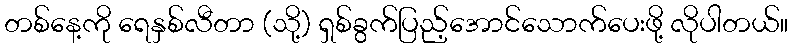
တစ်နေ့ကို ရေနှစ်လီတာ (သို့) ရှစ်ခွက်ပြည့်အောင်သောက်ပေးဖို့ လိုပါတယ်။